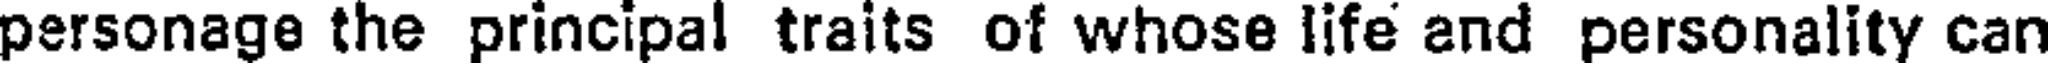
personage the principal traits of whose life and personality can